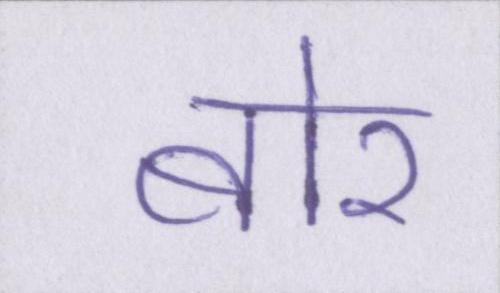
बोर